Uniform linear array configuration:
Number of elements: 48
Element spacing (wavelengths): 1
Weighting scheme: hann
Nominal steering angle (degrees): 0
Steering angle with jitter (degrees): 0.01327
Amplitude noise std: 0.05
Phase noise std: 0.05

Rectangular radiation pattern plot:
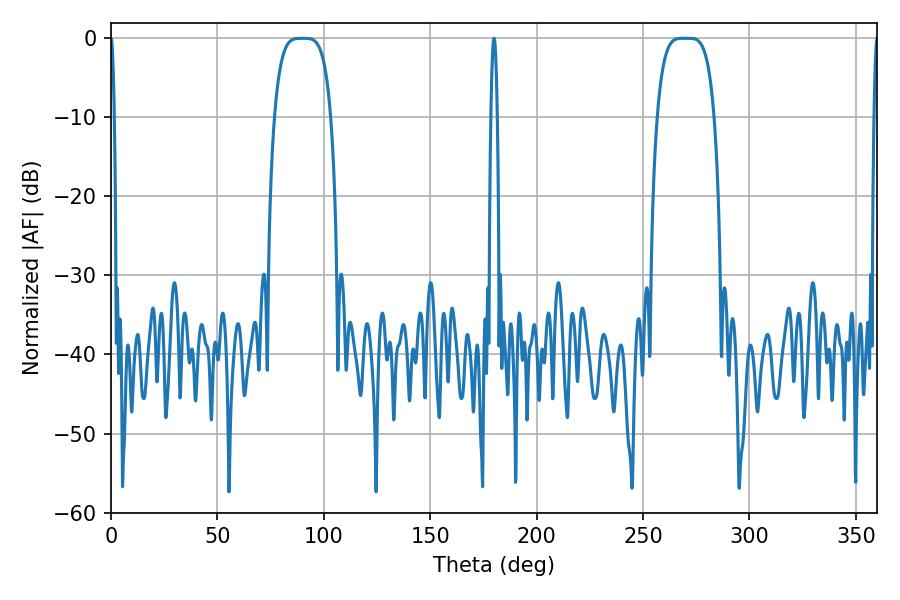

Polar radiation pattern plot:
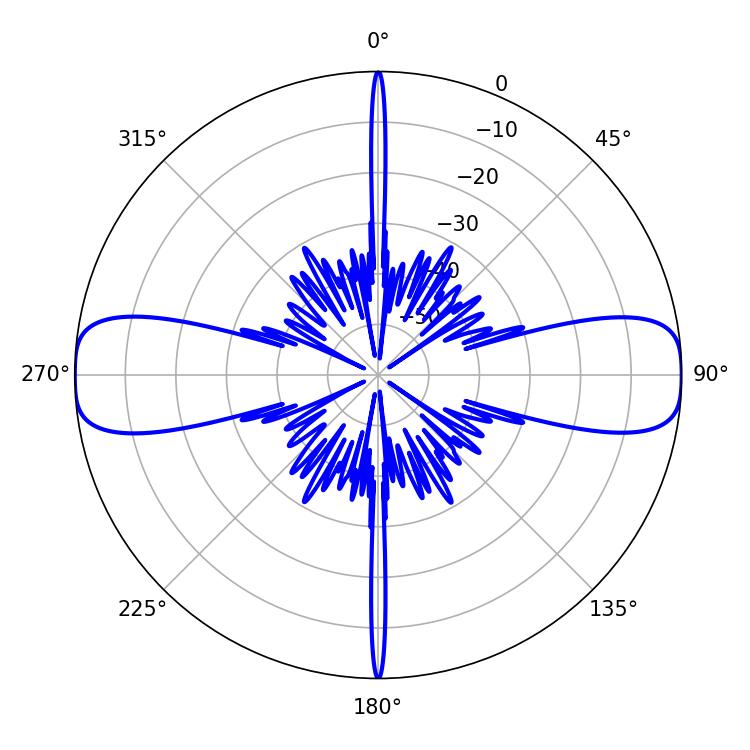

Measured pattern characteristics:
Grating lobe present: TRUE
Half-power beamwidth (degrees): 20.16
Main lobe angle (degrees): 268.74